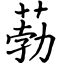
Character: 葧